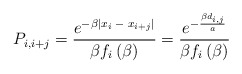
\begin{align*}P_{i,i+j}=\frac{e^{-\beta \left| x_i\;-\;x_{i+j}\right| }}{\beta f_i\left(\beta \right)} = \frac{e^{- \frac{\beta d_{i,j}}{a}}}{\beta f_i\left(\beta \right)} \end{align*}